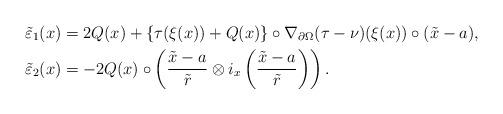
LaTeX: \begin{align*}&\tilde{\varepsilon}_1(x) = 2Q(x) + \{\tau(\xi(x)) + Q(x)\} \circ \nabla_{\partial \Omega}(\tau - \nu)(\xi(x)) \circ (\tilde{x} - a), \\&\tilde{\varepsilon}_2(x) = -2Q(x) \circ \left(\dfrac{\tilde{x}-a}{\tilde{r}} \otimes i_x\left(\dfrac{\tilde{x}-a}{\tilde{r}}\right) \right). \end{align*}